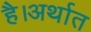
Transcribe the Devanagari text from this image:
है।अर्थात